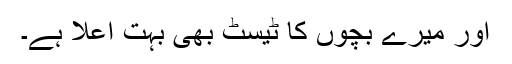
اور میرے بچوں کا ٹیسٹ بھی بہت اعلا ہے۔